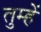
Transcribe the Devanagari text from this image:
तुम्हेें